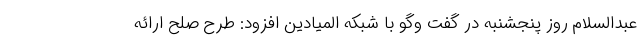
عبدالسلام روز پنجشنبه در گفت وگو با شبکه المیادین افزود: طرح صلح ارائه